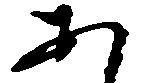
あ